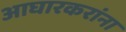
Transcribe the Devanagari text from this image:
आघारकरांना